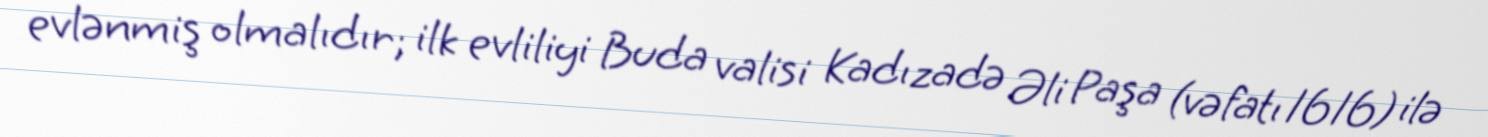
evlənmiş olmalıdır; ilk evliliyi Buda valisi Kadızadə Əli Paşa (vəfatı 1616) ilə